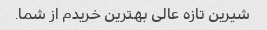
شیرین تازه عالی بهترین خریدم از شما.